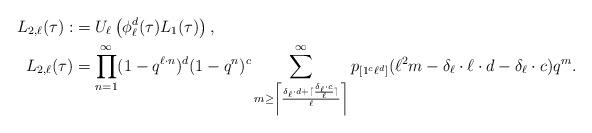
LaTeX: \begin{align*} L_{2,\ell}(\tau) :&=U_{\ell}\left(\phi_{\ell}^d(\tau)L_1(\tau)\right),\\ L_{2,\ell}(\tau)& =\prod_{n=1}^{\infty}(1-q^{\ell\cdot n})^d(1-q^n)^c\sum_{m\geq \left\lceil\frac{\delta_{\ell}\cdot d+\lceil\frac{\delta_{\ell}\cdot c}{\ell}\rceil }{\ell}\right\rceil}^{\infty}p_{[1^c\ell^d]}(\ell^2m-\delta_{\ell}\cdot \ell\cdot d -\delta_{\ell}\cdot c)q^m. \end{align*}